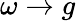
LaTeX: \omega\to g